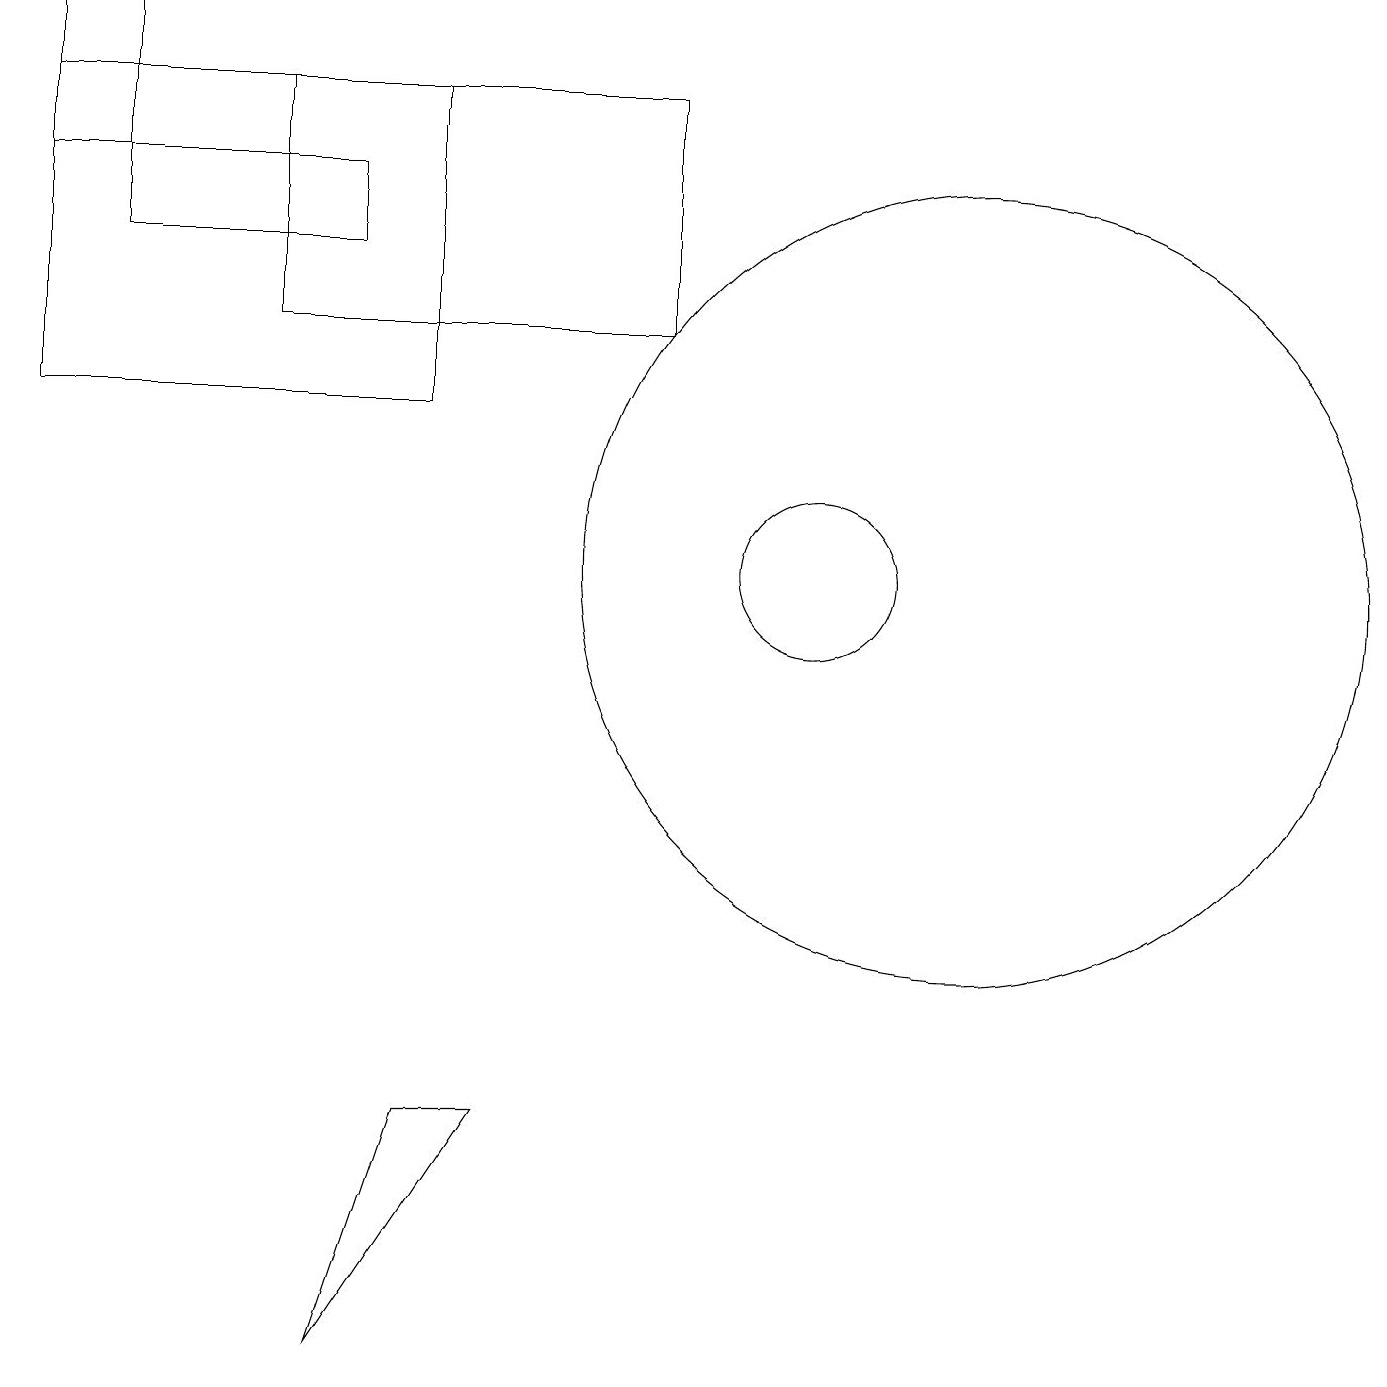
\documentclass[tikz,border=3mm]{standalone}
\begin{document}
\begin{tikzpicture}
\draw (10,10) circle (1);
\draw (8,16) rectangle (3,13);
\draw (4,15) rectangle (1,14);
\draw (12,10) circle (5);
\draw (0,15) rectangle (1,17);
\draw (5,16) rectangle (0,12);
\draw (6,3) -- (4,0) -- (5,3) -- cycle;
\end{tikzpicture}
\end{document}